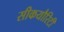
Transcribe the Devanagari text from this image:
सीकयौरिटी